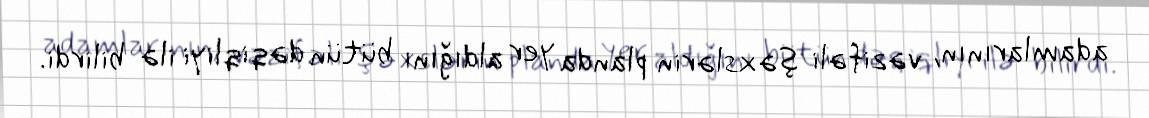
adamlarının, vəzifəli şəxslərin planda yer aldığını bütün dəqiqliyi ilə bilirdi.